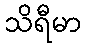
သိရီမာ